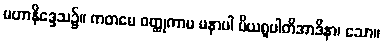
မဟာနိဒ္ဒေသ၌။ ကတမေ ဝတ္ထုကာမ မနာပါ ပိယရူပါတိအာဒိနာ၊ သော။